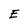
Character: E